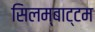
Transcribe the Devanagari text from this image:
सिलम्बाट्टम